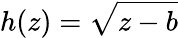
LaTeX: h(z)={\sqrt{z-b}}